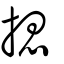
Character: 揌